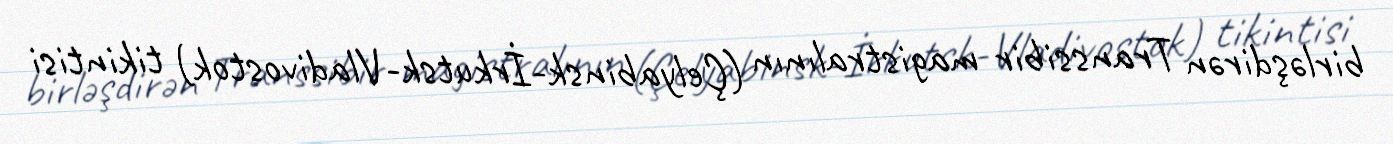
birləşdirən Transsibir magistralının (Çelyabinsk-İrkutsk-Vladivostok) tikintisi